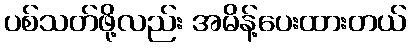
ပစ်သတ်ဖို့လည်း အမိန့်ပေးထားတယ်